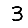
Digit: 3